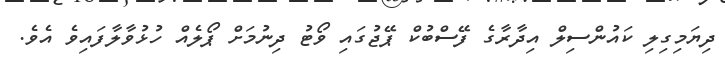
ދިޔަމިގިލި ކައުންސިލް އިދާރާގެ ފޭސްބުކް ޕޭޖުގައި ވޯޓު ދިނުމަށް ޕޯލެއް ހުޅުވާލާފައިވެ އެވެ.